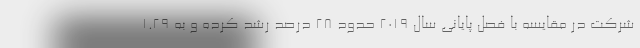
شرکت در مقایسه با فصل پایانی سال 2019 حدود 28 درصد رشد کرده و به 1.29